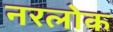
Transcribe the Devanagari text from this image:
नरलोक